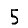
Digit: 5